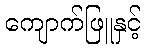
ကျောက်ဖြူနှင့်